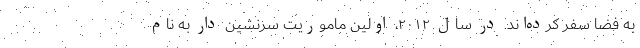
به فضا سفر کرده‌اند. در سال ۲۰۱۲، اولین ماموریت سرنشین دار به نام